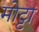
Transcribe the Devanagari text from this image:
मोट्टा